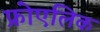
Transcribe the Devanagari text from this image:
फ्रोएलिक